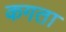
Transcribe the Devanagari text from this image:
कगता